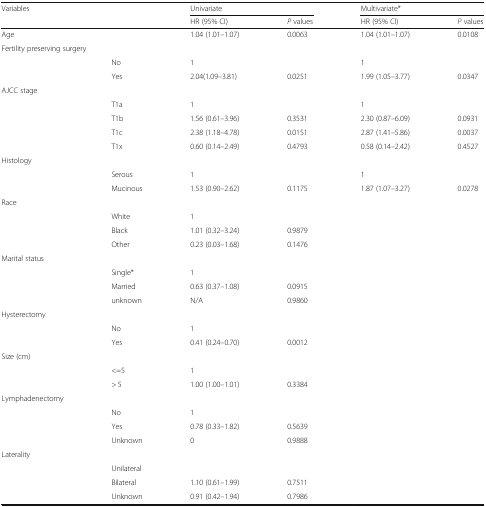
<table><thead><tr><td rowspan="2"><b>Variables</b></td><td rowspan="2">[EMPTY_CELL]</td><td colspan="2"><b>Univariate</b></td><td colspan="2"><b>Multivariate*</b></td></tr><tr><td><b>HR (95% CI)</b></td><td><b><i>P</i> values</b></td><td><b>HR (95% CI)</b></td><td><b><i>P</i> values</b></td></tr></thead><tbody><tr><td>Age</td><td>[EMPTY_CELL]</td><td>1.04 (1.01–1.07)</td><td>0.0063</td><td>1.04 (1.01–1.07)</td><td>0.0108</td></tr><tr><td colspan="2">Fertility preserving surgery</td><td>[EMPTY_CELL]</td><td>[EMPTY_CELL]</td><td>[EMPTY_CELL]</td><td>[EMPTY_CELL]</td></tr><tr><td>[EMPTY_CELL]</td><td>No</td><td>1</td><td>[EMPTY_CELL]</td><td>1</td><td>[EMPTY_CELL]</td></tr><tr><td>[EMPTY_CELL]</td><td>Yes</td><td>2.04(1.09–3.81)</td><td>0.0251</td><td>1.99 (1.05–3.77)</td><td>0.0347</td></tr><tr><td>AJCC stage</td><td>[EMPTY_CELL]</td><td>[EMPTY_CELL]</td><td>[EMPTY_CELL]</td><td>[EMPTY_CELL]</td><td>[EMPTY_CELL]</td></tr><tr><td>[EMPTY_CELL]</td><td>T1a</td><td>1</td><td>[EMPTY_CELL]</td><td>1</td><td>[EMPTY_CELL]</td></tr><tr><td>[EMPTY_CELL]</td><td>T1b</td><td>1.56 (0.61–3.96)</td><td>0.3531</td><td>2.30 (0.87–6.09)</td><td>0.0931</td></tr><tr><td>[EMPTY_CELL]</td><td>T1c</td><td>2.38 (1.18–4.78)</td><td>0.0151</td><td>2.87 (1.41–5.86)</td><td>0.0037</td></tr><tr><td>[EMPTY_CELL]</td><td>T1x</td><td>0.60 (0.14–2.49)</td><td>0.4793</td><td>0.58 (0.14–2.42)</td><td>0.4527</td></tr><tr><td>Histology</td><td>[EMPTY_CELL]</td><td>[EMPTY_CELL]</td><td>[EMPTY_CELL]</td><td>[EMPTY_CELL]</td><td>[EMPTY_CELL]</td></tr><tr><td>[EMPTY_CELL]</td><td>Serous</td><td>1</td><td>[EMPTY_CELL]</td><td>1</td><td>[EMPTY_CELL]</td></tr><tr><td>[EMPTY_CELL]</td><td>Mucinous</td><td>1.53 (0.90–2.62)</td><td>0.1175</td><td>1.87 (1.07–3.27)</td><td>0.0278</td></tr><tr><td>Race</td><td>[EMPTY_CELL]</td><td>[EMPTY_CELL]</td><td>[EMPTY_CELL]</td><td>[EMPTY_CELL]</td><td>[EMPTY_CELL]</td></tr><tr><td>[EMPTY_CELL]</td><td>White</td><td>1</td><td>[EMPTY_CELL]</td><td>[EMPTY_CELL]</td><td>[EMPTY_CELL]</td></tr><tr><td>[EMPTY_CELL]</td><td>Black</td><td>1.01 (0.32–3.24)</td><td>0.9879</td><td>[EMPTY_CELL]</td><td>[EMPTY_CELL]</td></tr><tr><td>[EMPTY_CELL]</td><td>Other</td><td>0.23 (0.03–1.68)</td><td>0.1476</td><td>[EMPTY_CELL]</td><td>[EMPTY_CELL]</td></tr><tr><td>Marital status</td><td>[EMPTY_CELL]</td><td>[EMPTY_CELL]</td><td>[EMPTY_CELL]</td><td>[EMPTY_CELL]</td><td>[EMPTY_CELL]</td></tr><tr><td>[EMPTY_CELL]</td><td>Single*</td><td>1</td><td>[EMPTY_CELL]</td><td>[EMPTY_CELL]</td><td>[EMPTY_CELL]</td></tr><tr><td>[EMPTY_CELL]</td><td>Married</td><td>0.63 (0.37–1.08)</td><td>0.0915</td><td>[EMPTY_CELL]</td><td>[EMPTY_CELL]</td></tr><tr><td>[EMPTY_CELL]</td><td>unknown</td><td>N/A</td><td>0.9860</td><td>[EMPTY_CELL]</td><td>[EMPTY_CELL]</td></tr><tr><td>Hysterectomy</td><td>[EMPTY_CELL]</td><td>[EMPTY_CELL]</td><td>[EMPTY_CELL]</td><td>[EMPTY_CELL]</td><td>[EMPTY_CELL]</td></tr><tr><td>[EMPTY_CELL]</td><td>No</td><td>1</td><td>[EMPTY_CELL]</td><td>[EMPTY_CELL]</td><td>[EMPTY_CELL]</td></tr><tr><td>[EMPTY_CELL]</td><td>Yes</td><td>0.41 (0.24–0.70)</td><td>0.0012</td><td>[EMPTY_CELL]</td><td>[EMPTY_CELL]</td></tr><tr><td>Size (cm)</td><td>[EMPTY_CELL]</td><td>[EMPTY_CELL]</td><td>[EMPTY_CELL]</td><td>[EMPTY_CELL]</td><td>[EMPTY_CELL]</td></tr><tr><td>[EMPTY_CELL]</td><td>&lt;=5</td><td>1</td><td>[EMPTY_CELL]</td><td>[EMPTY_CELL]</td><td>[EMPTY_CELL]</td></tr><tr><td>[EMPTY_CELL]</td><td>&gt; 5</td><td>1.00 (1.00–1.01)</td><td>0.3384</td><td>[EMPTY_CELL]</td><td>[EMPTY_CELL]</td></tr><tr><td>Lymphadenectomy</td><td>[EMPTY_CELL]</td><td>[EMPTY_CELL]</td><td>[EMPTY_CELL]</td><td>[EMPTY_CELL]</td><td>[EMPTY_CELL]</td></tr><tr><td>[EMPTY_CELL]</td><td>No</td><td>1</td><td>[EMPTY_CELL]</td><td>[EMPTY_CELL]</td><td>[EMPTY_CELL]</td></tr><tr><td>[EMPTY_CELL]</td><td>Yes</td><td>0.78 (0.33–1.82)</td><td>0.5639</td><td>[EMPTY_CELL]</td><td>[EMPTY_CELL]</td></tr><tr><td>[EMPTY_CELL]</td><td>Unknown</td><td>0</td><td>0.9888</td><td>[EMPTY_CELL]</td><td>[EMPTY_CELL]</td></tr><tr><td>Laterality</td><td>[EMPTY_CELL]</td><td>[EMPTY_CELL]</td><td>[EMPTY_CELL]</td><td>[EMPTY_CELL]</td><td>[EMPTY_CELL]</td></tr><tr><td>[EMPTY_CELL]</td><td>Unilateral</td><td>[EMPTY_CELL]</td><td>[EMPTY_CELL]</td><td>[EMPTY_CELL]</td><td>[EMPTY_CELL]</td></tr><tr><td>[EMPTY_CELL]</td><td>Bilateral</td><td>1.10 (0.61–1.99)</td><td>0.7511</td><td>[EMPTY_CELL]</td><td>[EMPTY_CELL]</td></tr><tr><td>[EMPTY_CELL]</td><td>Unknown</td><td>0.91 (0.42–1.94)</td><td>0.7986</td><td>[EMPTY_CELL]</td><td>[EMPTY_CELL]</td></tr></tbody></table>